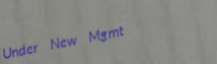
Under New Mgmt